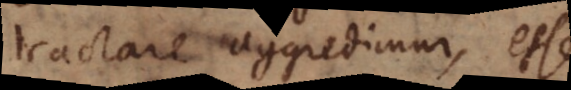
tractare aggredimur, esse